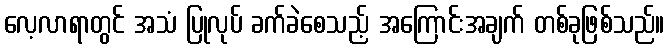
လေ့လာရာတွင် အသံ ပြုလုပ် ခက်ခဲစေသည့် အကြောင်းအချက် တစ်ခုဖြစ်သည်။